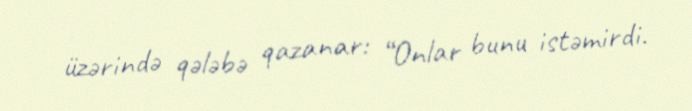
üzərində qələbə qazanar: “Onlar bunu istəmirdi.